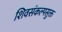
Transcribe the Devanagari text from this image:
शिवसंकल्पसुक्त